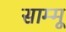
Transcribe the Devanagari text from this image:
साम्मू